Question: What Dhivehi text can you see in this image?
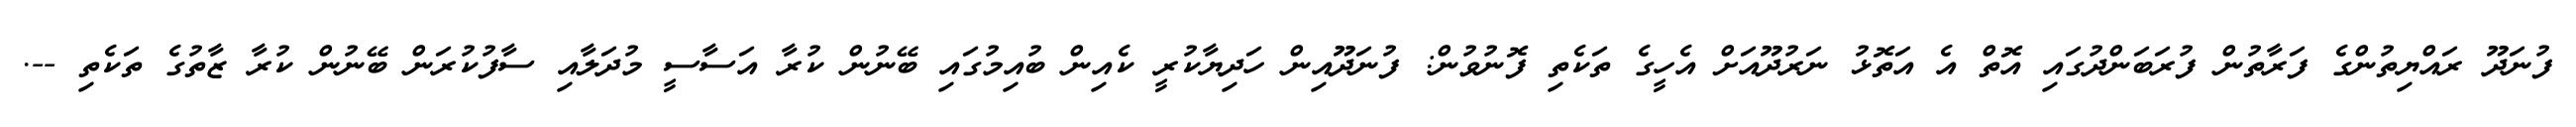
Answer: ފުނަދޫ ރައްޔިތުންގެ ފަރާތުން ފުރަބަންދުގައި އޮތް އެ އަތޮޅު ނަރުދޫއަށް އެހީގެ ތަކެތި ފޮނުވުން: ފުނަދޫއިން ހަދިޔާކުރީ ކެއިން ބުއިމުގައި ބޭނުން ކުރާ އަސާސީ މުދަލާއި ސާފުކުރަން ބޭނުން ކުރާ ޒާތުގެ ތަކެތި --.